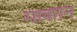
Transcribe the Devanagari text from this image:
माकान